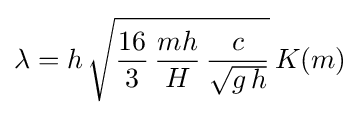
\lambda =h\,{\sqrt {{\frac {16}{3}}\,{\frac {mh}{H}}\,{\frac {c}{\sqrt {g\,h}}}}}\,K(m)